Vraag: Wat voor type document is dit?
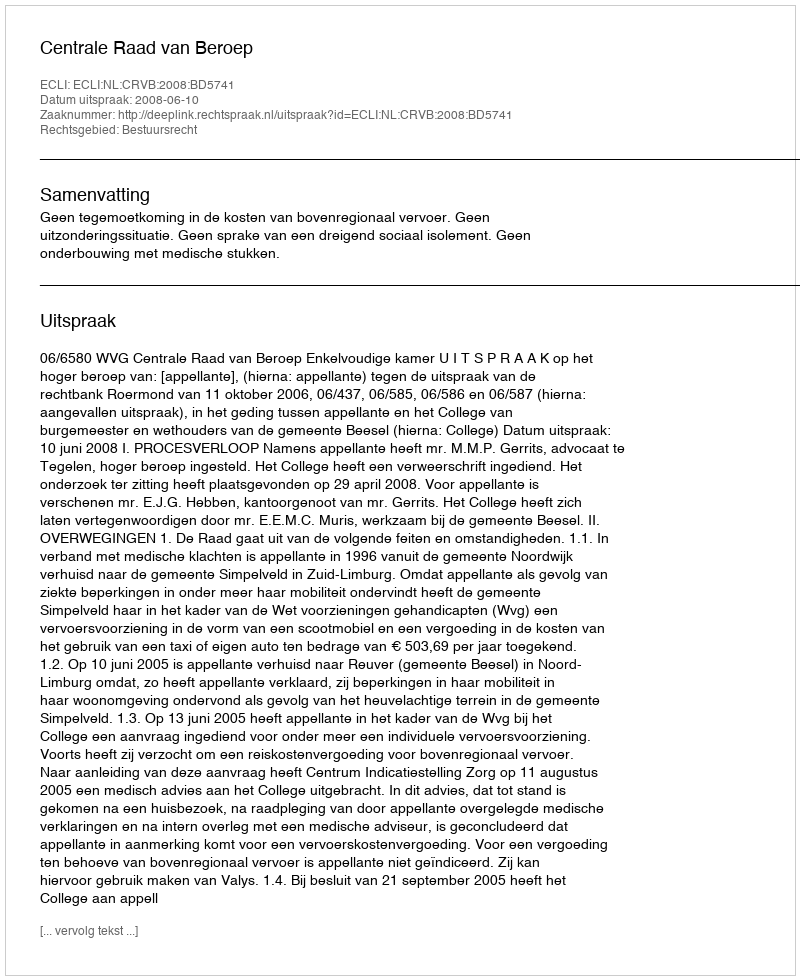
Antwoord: Uitspraak